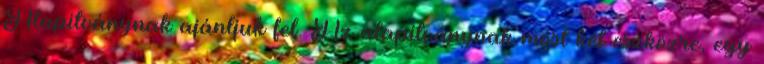
Alapítványnak ajánljuk fel. Az alapítványnak most két eszközre, egy